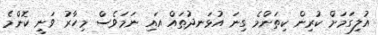
އުލިގަމަށް ކުރިން ކިތަންމެ ގިނަ އުޅަނދުތައް އައި ނަމަވެސް މިހާރު ވަނީ ކޮންމެ